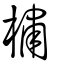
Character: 橚